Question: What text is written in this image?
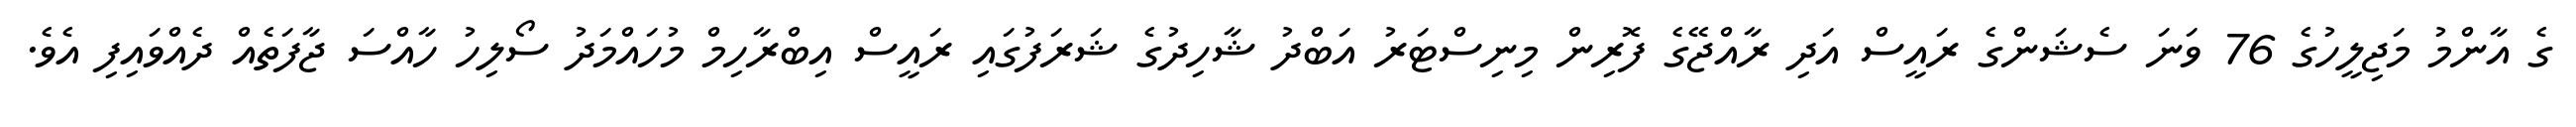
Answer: ގެ އާންމު މަޖިލީހުގެ 76 ވަނަ ސެޝަންގެ ރައީސް އަދި ރާއްޖޭގެ ފޮރިން މިނިސްޓަރު އަބްދު ޝާހިދުގެ ޝަރަފުގައި ރައީސް އިބްރާހިމް މުހައްމަދު ސޯލިހު ހާއްސަ ޖާފަތެއް ދެއްވައިފި އެވެ.